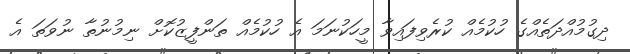
ދިގުމުއްދަތެއްގެ ހުކުމެއް ކުރެވިފައިވާ މީހަކުނަމަ އެ ހުކުމެއް ތަންފީޒުކޮށް ނިމުނުތާ ނުވަތަ އެ